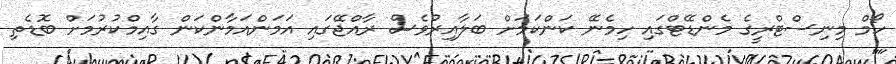
ހޯމް މިނިސްޓްރީގެ މެންޑޭޓްގައި ހިމެނޭ ކަންކަމަށް ބަލާއިރުވެސް ރާއްޖޭގައި އަމަންއަމާންކަން ގާއިމްކުރުމަށް ބޮޑެތި